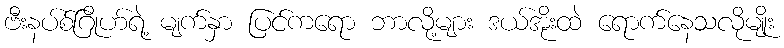
ဗီးနပ်စ်ဂြိုဟ်ရဲ့ မျက်နှာ ပြင်ကရော ဘာလို့များ ဒယ်အိုးထဲ ရောက်နေသလိုမျိုး